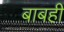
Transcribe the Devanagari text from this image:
बाबही